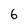
Character: 6